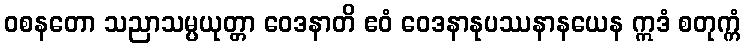
ဝစနတော သညာသမ္ပယုတ္တာ ဝေဒနာတိ ဧဝံ ဝေဒနာနုပဿနာနယေန ဣဒံ စတုက္ကံ